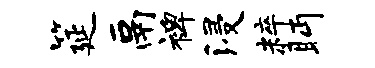
筵鬲裨浸粹眄